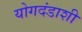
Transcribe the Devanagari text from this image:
योगदंडाशी